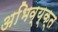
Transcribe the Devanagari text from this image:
अभिव्य्क्त